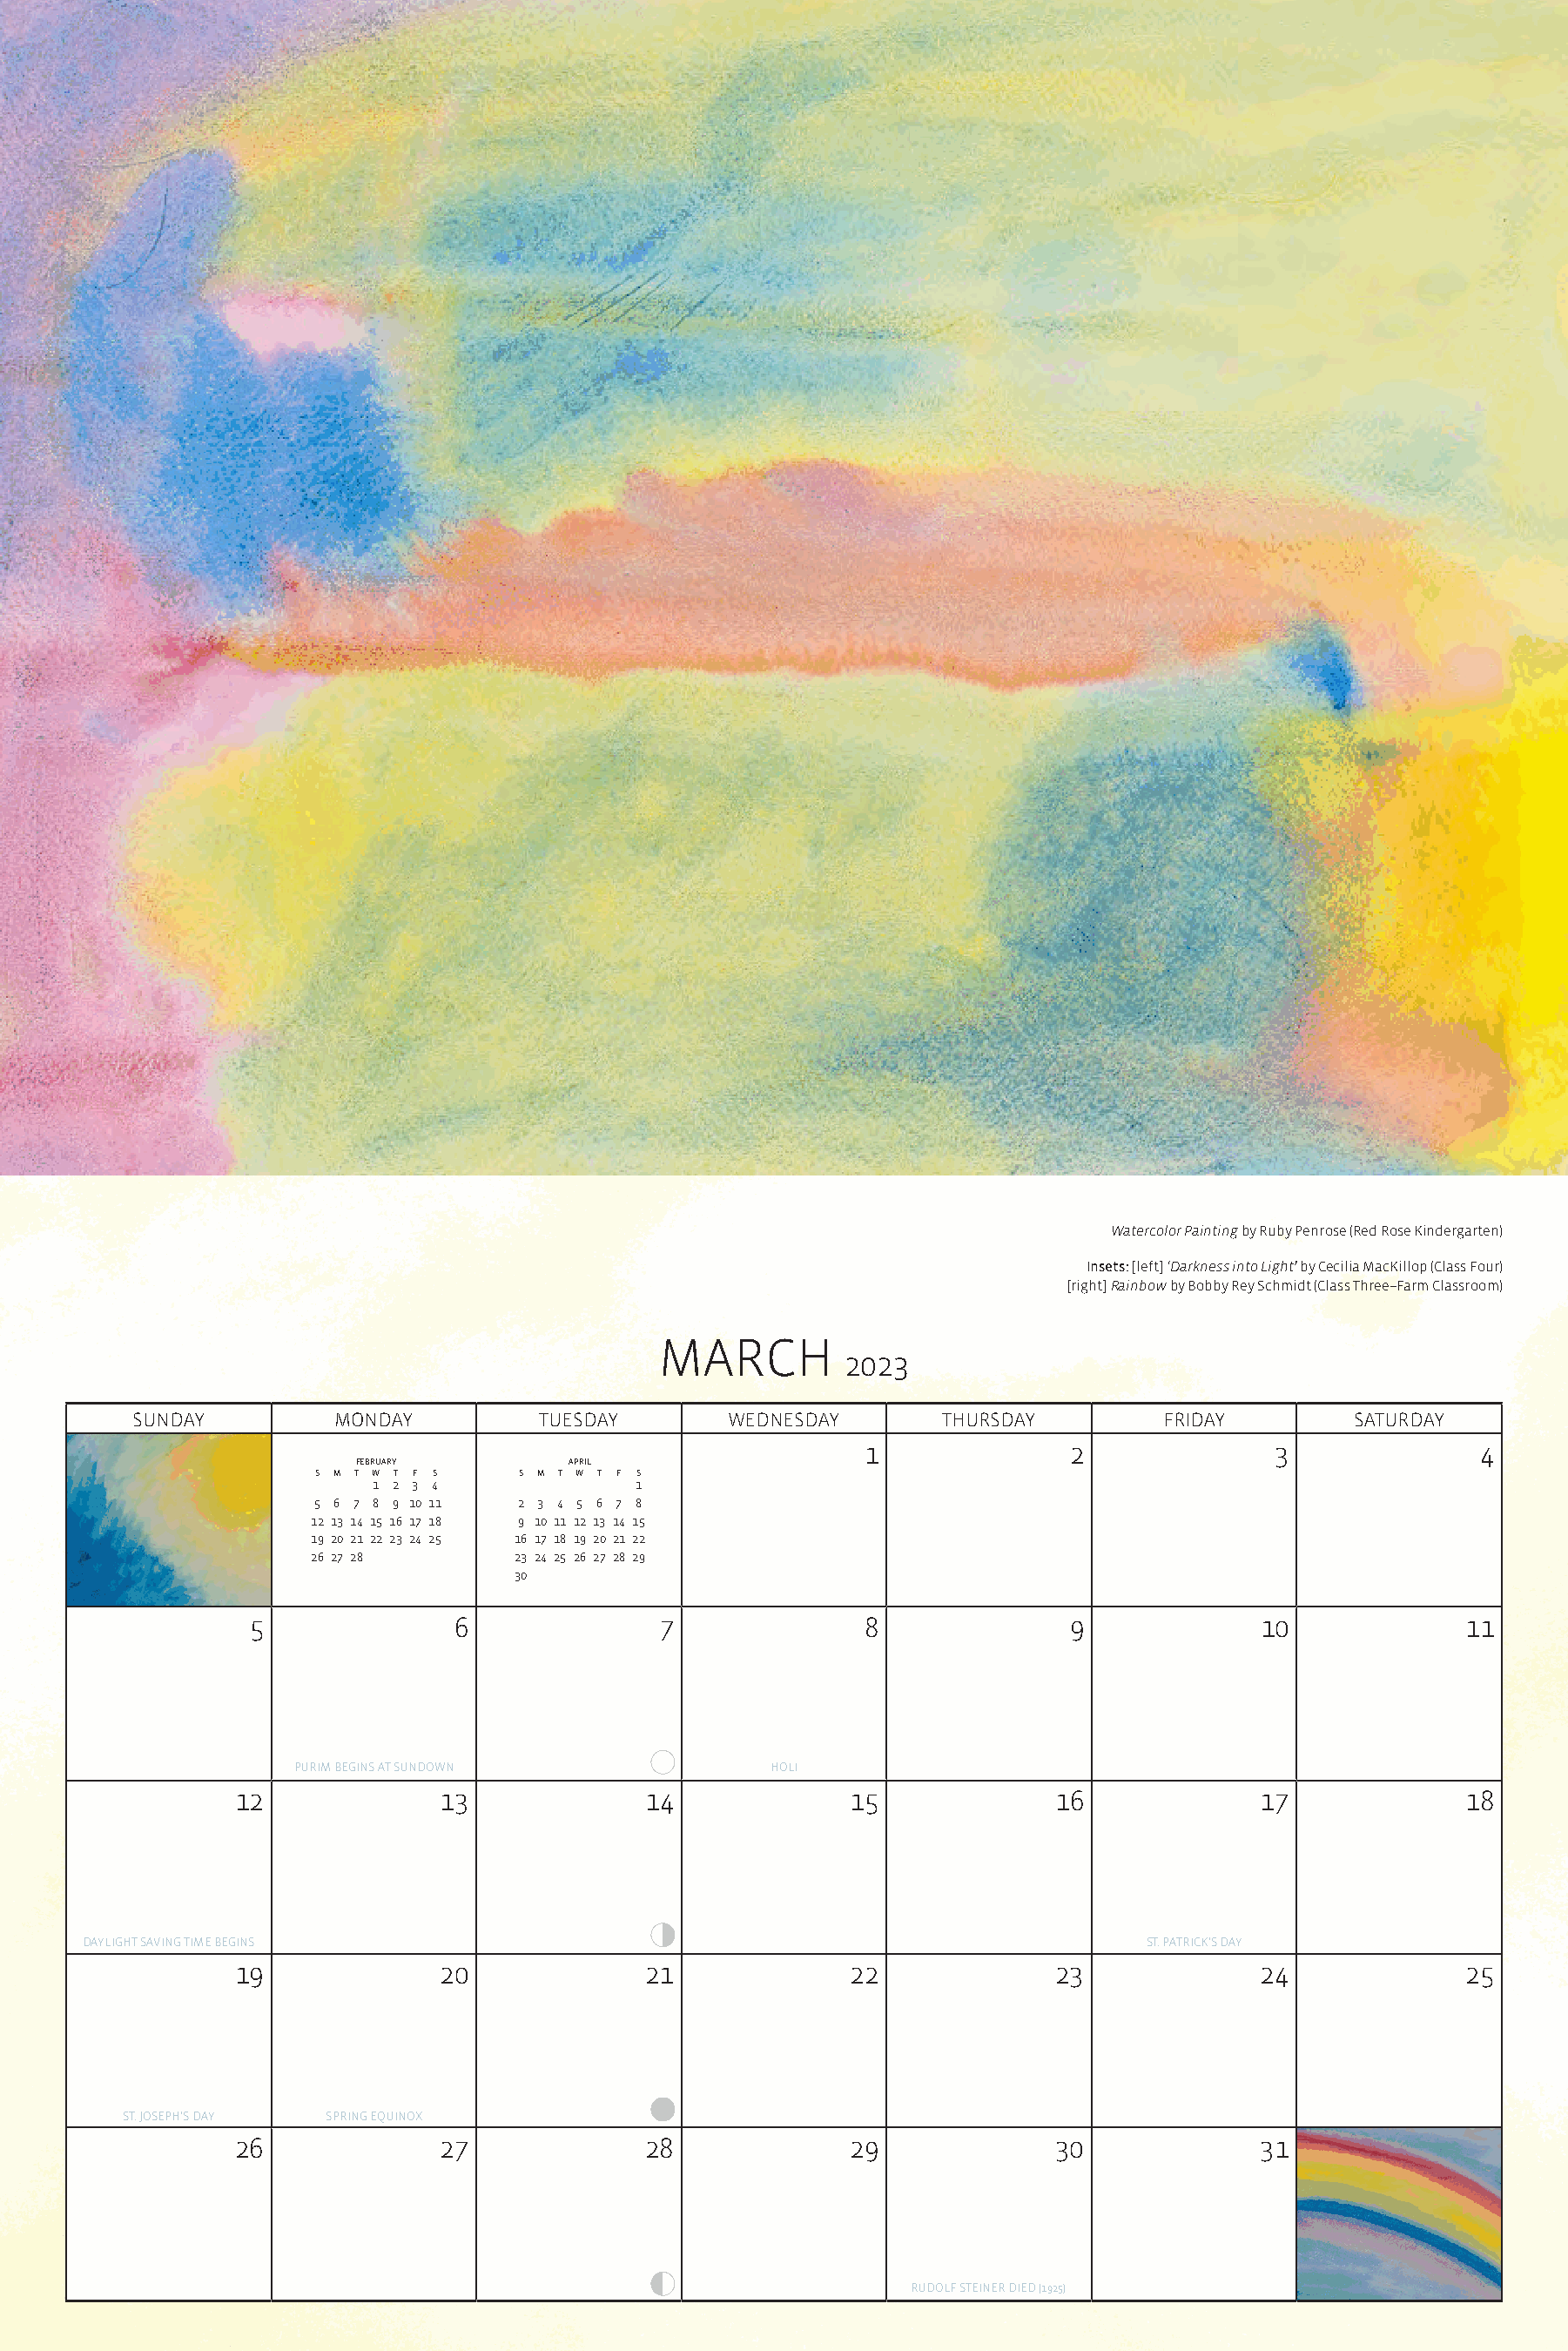
Watercolor Painting by Ruby Penrose (Red Rose Kindergarten)
 Insets: [left] ‘Darkness into Light’ by Cecilia MacKillop (Class Four)
 [right] Rainbow by Bobby Rey Schmidt (Class Three–Farm Classroom)
 MARCH
 2023
 SUNDAY         MONDAY          TUESDAY       WEDNESDAY        THURSDAY        FRIDAY         SATURDAY
 1              2               3              4
 february        april
 S M T W T F S  S M T W T F S
 1 2 3 4             1
 5 6 7 8 9 10 11 2 3 4 5 6 7 8
 12 13 14 15 16 17 18 9 10 11 12 13 14 15
 19 20 21 22 23 24 25 16 17 18 19 20 21 22
 26 27 28       23 24 25 26 27 28 29
 30
 5               6              7               8              9              10             11
 PURIM BEGINS AT SUNDOWN              HOLI
 12             13              14              15             16              17             18
 DAYLIGHT SAVING TIME BEGINS                                                      ST. PATRICK’S DAY
 19             20              21              22             23              24             25
 ST. JOSEPH’S DAY SPRING EQUINOX
 26             27              28              29             30              31
 RUDOLF STEINER DIED (1925)